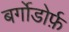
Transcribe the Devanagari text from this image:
बर्गोडोर्फ़